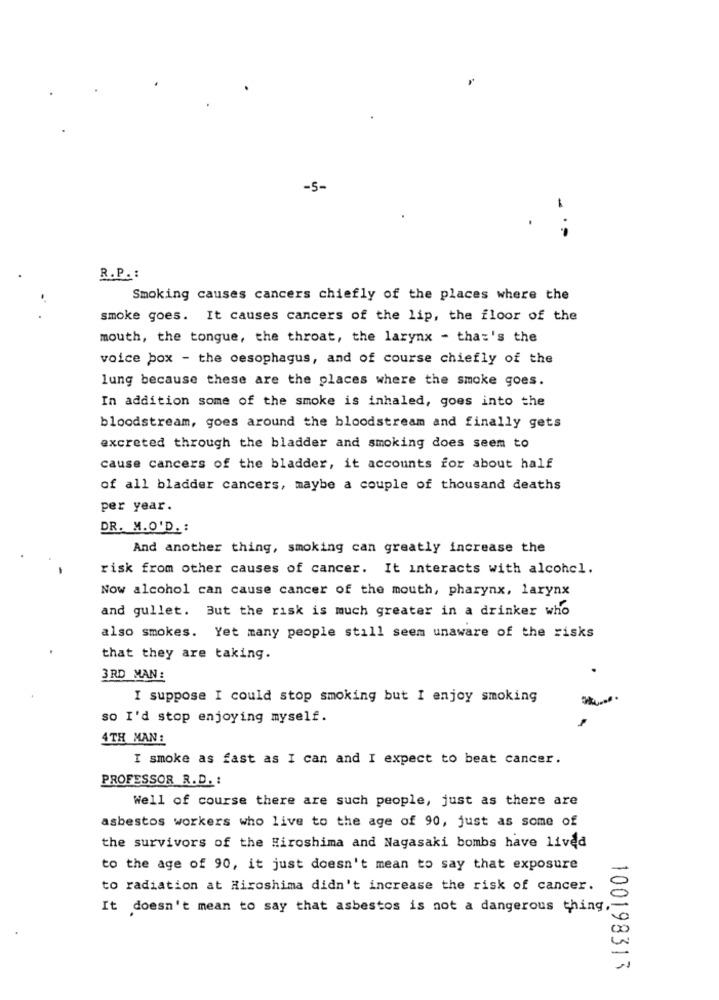
-5-
-
R.P. :
Smoking causes cancers chiefly of the places where the
smoke goes. It causes cancers of the lip, the floor of the
mouth, the tongue, the throat, the larynx - that's the
voice box - the oesophagus, and of course chiefly of the
lung because these are the places where the smoke goes.
In addition some of the smoke is inhaled, goes into the
bloodstream, goes around the bloodstream and finally gets
excreted through the bladder and smoking does seem to
cause cancers of the bladder, it accounts for about half
of all bladder cancers, maybe a couple of thousand deaths
per year.
DR. M.O'D. :
And another thing, smoking can greatly increase the
risk from other causes of cancer. It interacts with alcohcl.
Now alcohol can cause cancer of the mouth, pharynx, larynx
and gullet. But the risk is much greater in a drinker who
also smokes. Yet many people still seem unaware of the risks
that they are taking.
3RD MAN :
I suppose I could stop smoking but I enjoy smoking
so I'd stop enjoying myself.
4TH MAN:
I smoke as fast as I can and I expect to beat cancer.
PROFESSOR R. D. :
Well of course there are such people, just as there are
asbestos workers who live to the age of 90, just as some of
the survivors of the Hiroshima and Nagasaki bombs have lived
to the age of 90, it just doesn't mean to say that exposure
to radiation at Hiroshima didn't increase the risk of cancer.
It doesn't mean to say that asbestos is not a dangerous thing
100198313